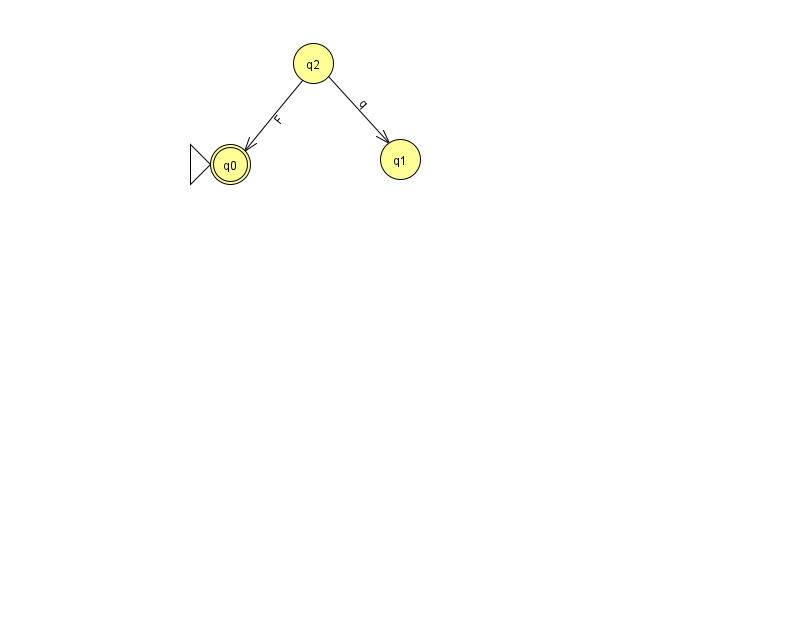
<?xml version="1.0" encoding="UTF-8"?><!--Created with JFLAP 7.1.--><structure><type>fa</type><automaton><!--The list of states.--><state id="0" name="q0"><x>230.0</x><y>151.0</y><initial/><final/></state><state id="1" name="q1"><x>400.0</x><y>146.0</y></state><state id="2" name="q2"><x>313.0</x><y>50.0</y></state><!--The list of transitions.--><transition><from>2</from><to>1</to><read>q</read></transition><transition><from>2</from><to>0</to><read>F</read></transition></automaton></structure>